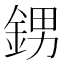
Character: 𨦻